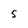
Character: 5